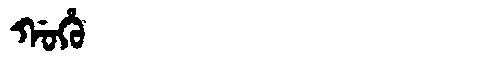
Manchu: ᡤᠣᡥᡠ
Romanization: GOHU